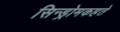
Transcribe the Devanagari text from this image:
सिन्ड्रोमकहते